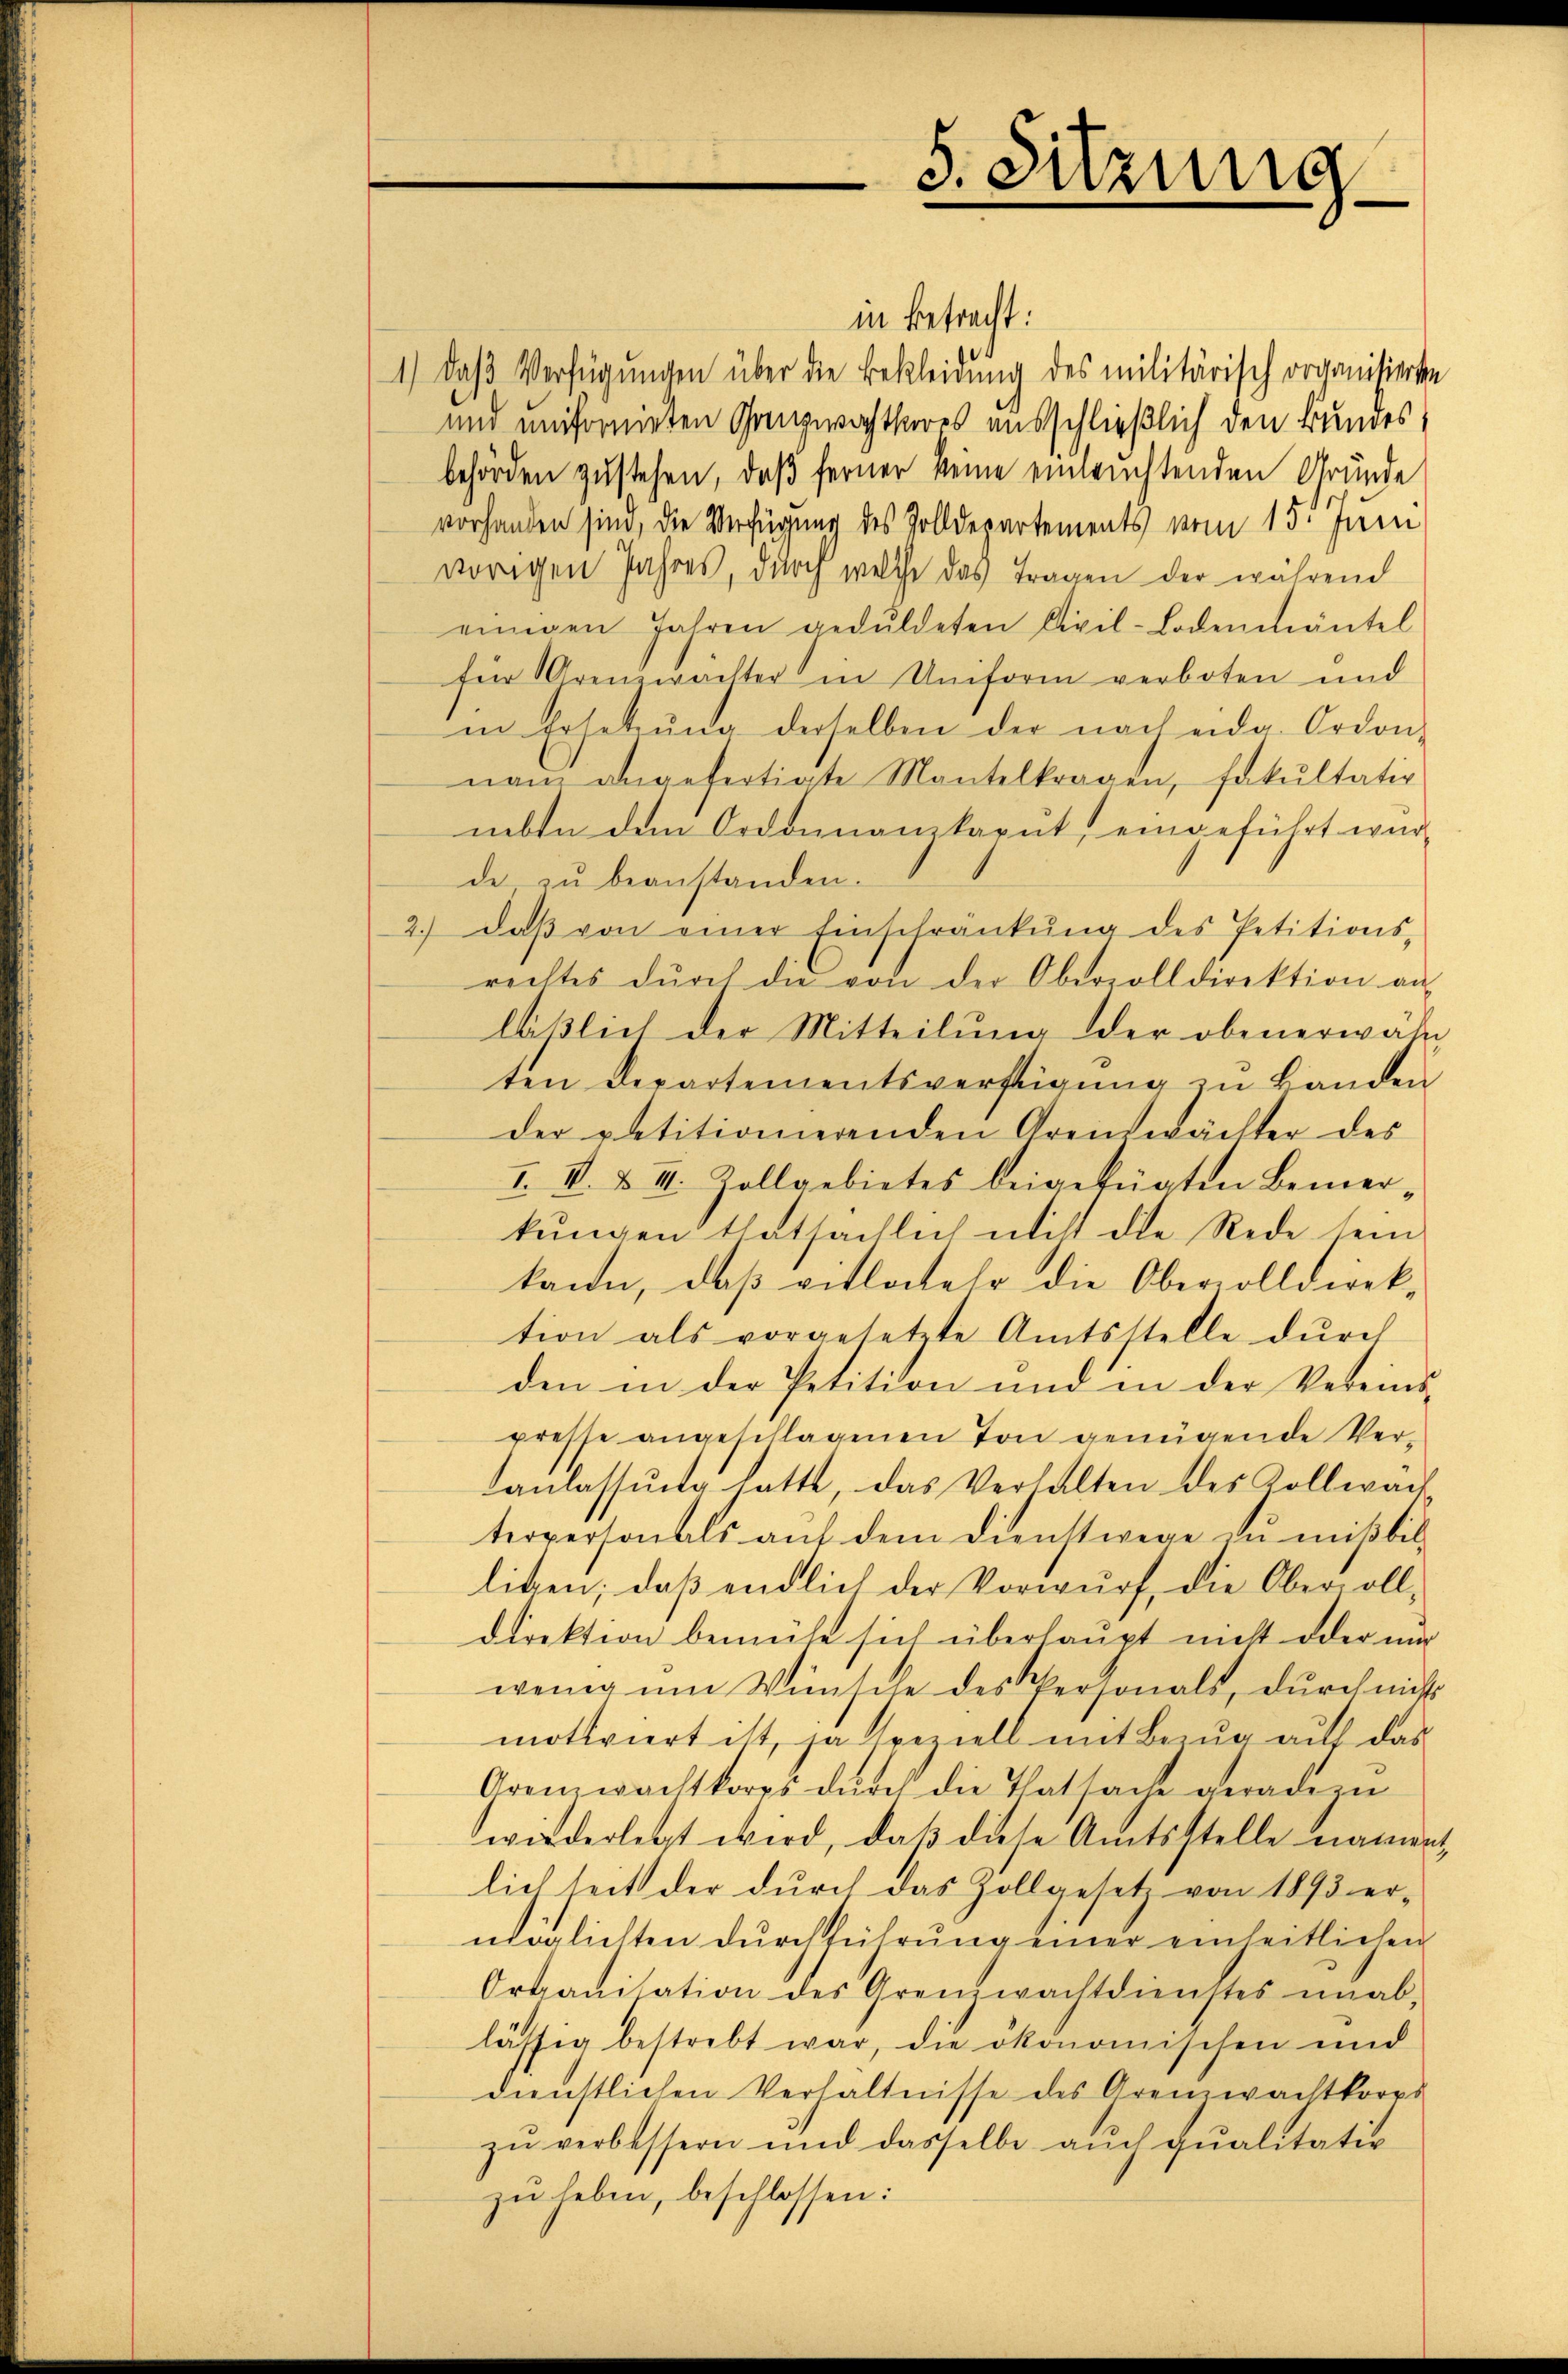
5. Sitzung

in betracht:
1.) Das Verfügungen über die Bekleidung des militärisch organisierte
und uniformieten Ganzwachteres ausschließlich den Bundesbehörden zustehen, daß ferner keine einwuchtenden Gründe
vorhanden sind, die Verfügung des Zolldepartements vom 15. Juni
vorigen Jahres, durch welche das Tragen der während
einigen Jahren geduldeten Civil-Lodenmäntel
für Grenzwächter in Umform verboten und
in Ersetzŭng derselben der nach eid. Ordon-
nam angefertigte Mantelkragen, fakultativ
nbte dem Ordonanzkaput, eingeführt wur-
de zŭ beanstanden.
2. daβ von einer Einschränkŭng des Petitions-
rechtes dŭrch die von der Oberzolldirektion an
läßlich der Mitteilung der obenerwähn
ten Departementsverftigŭng zŭ Banden
der petitionierenden Greinwächter des
I. I. & II. Zollgebietes beigefügten Bemer-
kungen thatsächlich nicht die Rede sein
kann, daß ritlater die Oberolldirektion als vorgesetzte Amtsstelle dŭrch
den in der Petition und in der Vereinspresse angeschlagenen Ton genügende Veranlassŭng hatte, das Verhalten des Kollwach
terpersonals auf dem Dienstwege zŭ mißbil
liken, daß endlich der Vorwurf, die Obervoll-
direktion bemühe sich überhaupt nicht oder un
wenig ŭm Wünsche des Personals, durch nichts
motiviert ist, ja speziell mit Bezug auf das
Arenwachtkorps dŭrch die Thatsache geradezu
wiederletzt wird, daß diese Amtsstelle namen
lich seit der durch das Zollgesetz von 1893 er-
möglichten durchführung einer einheitlichen
Ortanisation des Grenzwachtdienstes unab-
lässig bestrebt war, die ökonomischen und
dienstlichen Verhältnisse des Grenwachtkorps
zŭ verbessern und dasselbe aŭch qualitativ
zu haben, beschlossen: